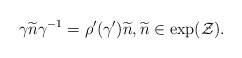
\begin{align*} \gamma\widetilde{n}\gamma^{-1}=\rho'\small(\gamma'\small) \widetilde{n}, \widetilde{n} \in \exp(\mathcal{Z}). \end{align*}